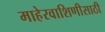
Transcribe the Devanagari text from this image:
माहेरवाशिणीसाठी